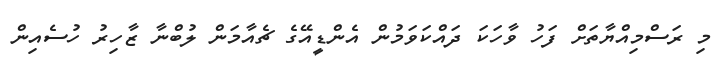
މި ރަސްމިއްޔާތަށް ފަހު ވާހަކަ ދައްކަވަމުން އެންޑީއޭގެ ޗެއާމަން ލުބްނާ ޒާހިރު ހުސެއިން